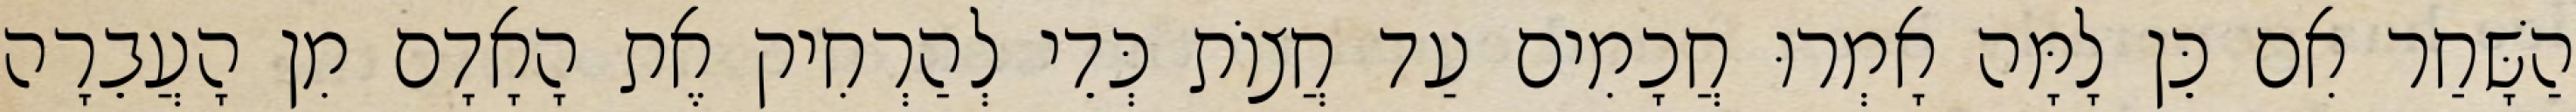
הַשָּׁחַר אִם כֵּן לָמָּה אָמְרוּ חֲכָמִים עַד חֲצוֹת כְּדֵי לְהַרְחִיק אֶת הָאָדָם מִן הָעֲבֵרָה